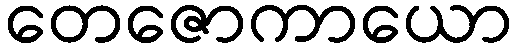
တေဇောကာယော